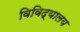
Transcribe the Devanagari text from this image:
विविद्यालय